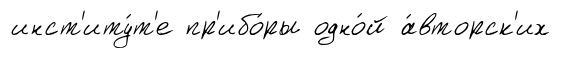
инст'иту́т'е пр'ибо́ры одно́й а́вторск'их